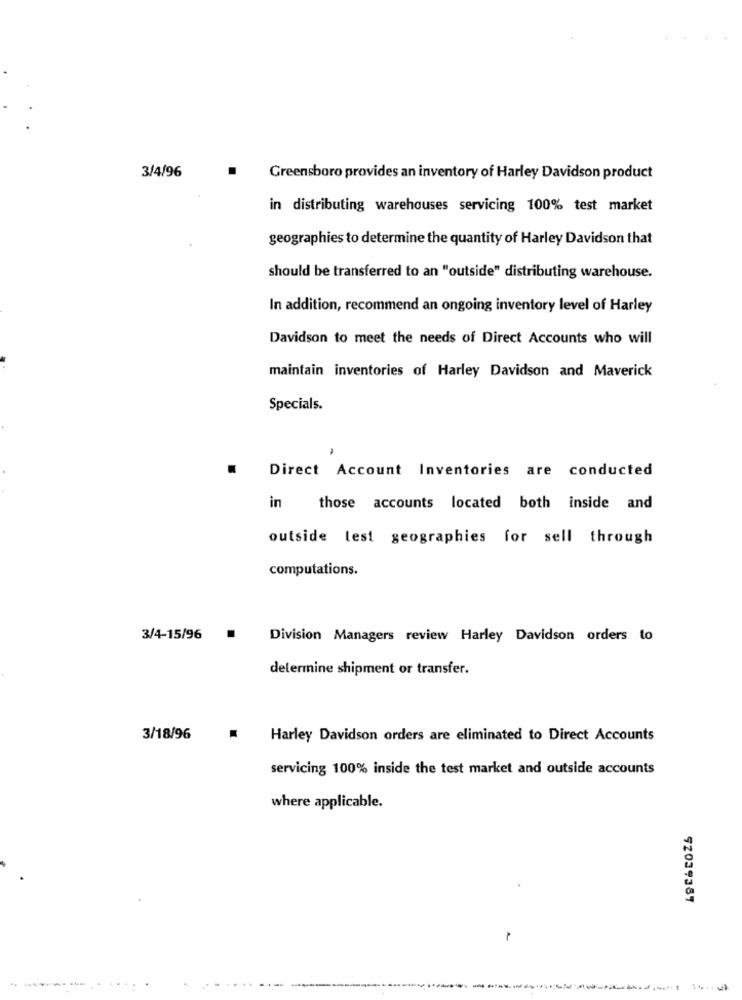
3/4/96
.
Greensboro provides an inventory of Harley Davidson product
in distributing warehouses servicing 100% test market
geographies to determine the quantity of Harley Davidson that
should be transferred to an "outside" distributing warehouse.
In addition, recommend an ongoing inventory level of Harley
Davidson to meet the needs of Direct Accounts who will
maintain inventories of Harley Davidson and Maverick
Specials.
.
Direct Account Inventories are conducted
in
those accounts located both inside and
outside lest geographies for sell through
computations.
3/4-15/96
.
Division Managers review Harley Davidson orders to
determine shipment or transfer.
3/18/96
Harley Davidson orders are eliminated to Direct Accounts
servicing 100% inside the test market and outside accounts
where applicable.